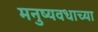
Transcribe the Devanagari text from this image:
मनुष्यवधाच्या